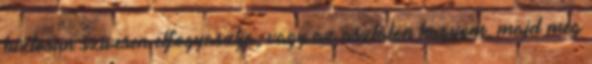
biztosan szívesen elfogyasztja, vagy az asztalon hagyom, majd még